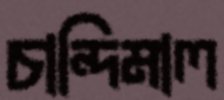
চান্দিমাল